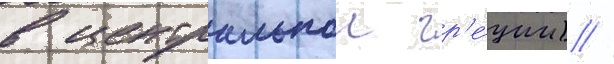
в центральнои гр'е́ции) //